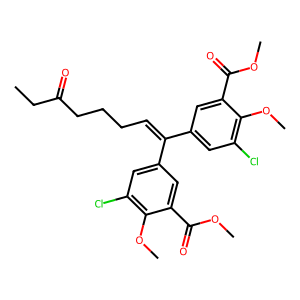
SMILES: CCC(=O)CCCC=C(c1cc(Cl)c(OC)c(C(=O)OC)c1)c1cc(Cl)c(OC)c(C(=O)OC)c1
Inhibits HIV replication: Yes